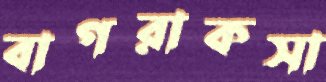
বাগরাকসা